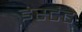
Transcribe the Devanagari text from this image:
इंस्टंट